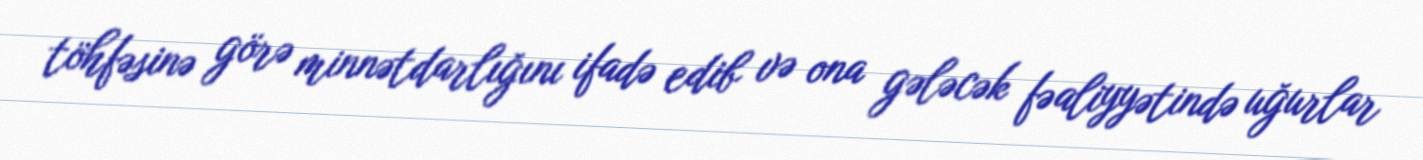
töhfəsinə görə minnətdarlığını ifadə edib və ona gələcək fəaliyyətində uğurlar